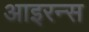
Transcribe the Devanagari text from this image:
आइरन्स